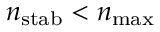
n _ { \mathrm { s t a b } } < n _ { \mathrm { m a x } }